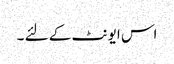
اس ایونٹ کے لئے ۔